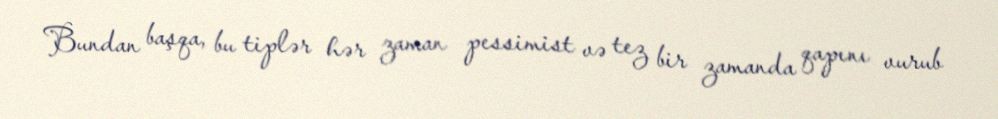
Bundan başqa, bu tiplər hər zaman pessimist və tez bir zamanda qapını vurub